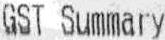
GST SUMMARY